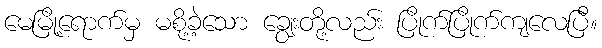
မေမြို့ရောက်မှ မစို့ခဲ့သော ချွေးတို့လည်း ပြိုက်ပြိုက်ကျလေပြီ။